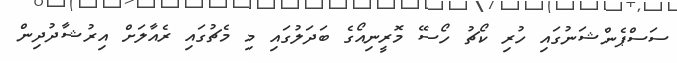
ސަސްޕެންޝަނުގައި ހުރި ކޯޗު ހޯސޭ މޮރީނިއޯގެ ބަދަލުގައި މި މެޗުގައި ރެއާލަށް އިރުޝާދުދިން